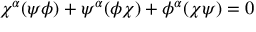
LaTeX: \chi ^ { \alpha } ( \psi \phi ) + \psi ^ { \alpha } ( \phi \chi ) + \phi ^ { \alpha } ( \chi \psi ) = 0